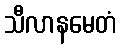
သီလာနမေတံ